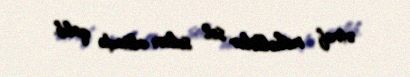
ətraf məhəllələr sel suları altında qaldı.